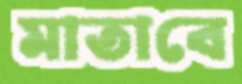
মাতাবে